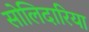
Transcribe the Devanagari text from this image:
सोलिदारिया